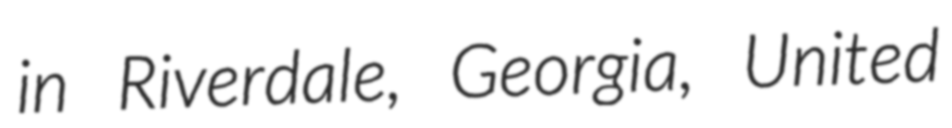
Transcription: in Riverdale, Georgia, United